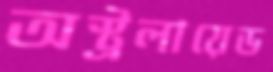
অস্ট্রলায়েড